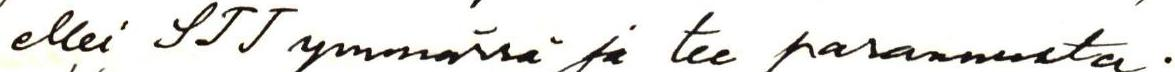
ellei STT ymmärrä ja tee parannusta.